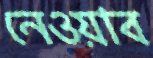
নেওয়াব